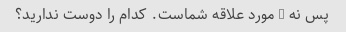
پس نه 4 مورد علاقه شماست. کدام را دوست ندارید؟